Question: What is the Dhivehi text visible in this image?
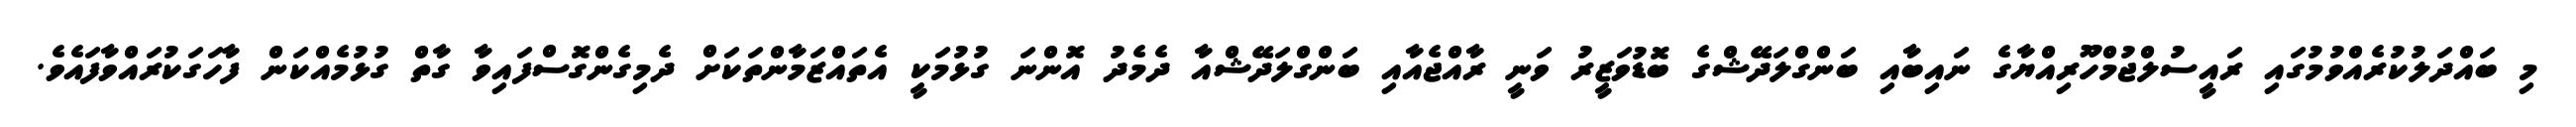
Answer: މި ބައްދަލުކުރެއްވުމުގައި ރައީސުލްޖުމްހޫރިއްޔާގެ ނައިބާއި ބަންގްލަދޭޝްގެ ބޮޑުވަޒީރު ވަނީ ރާއްޖެއާއި ބަންގްލަދޭޝްއާ ދެމެދު އޮންނަ ގުޅުމަކީ އެތައްޒަމާންތަކަށް ދެމިގެންގޮސްފައިވާ ގާތް ގުޅުމެއްކަން ފާހަގަކުރައްވާފައެވެ.